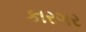
કારગર